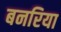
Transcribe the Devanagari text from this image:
बनरिया